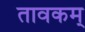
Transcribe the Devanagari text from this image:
तावकम्